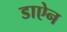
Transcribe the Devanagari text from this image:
डाऐन